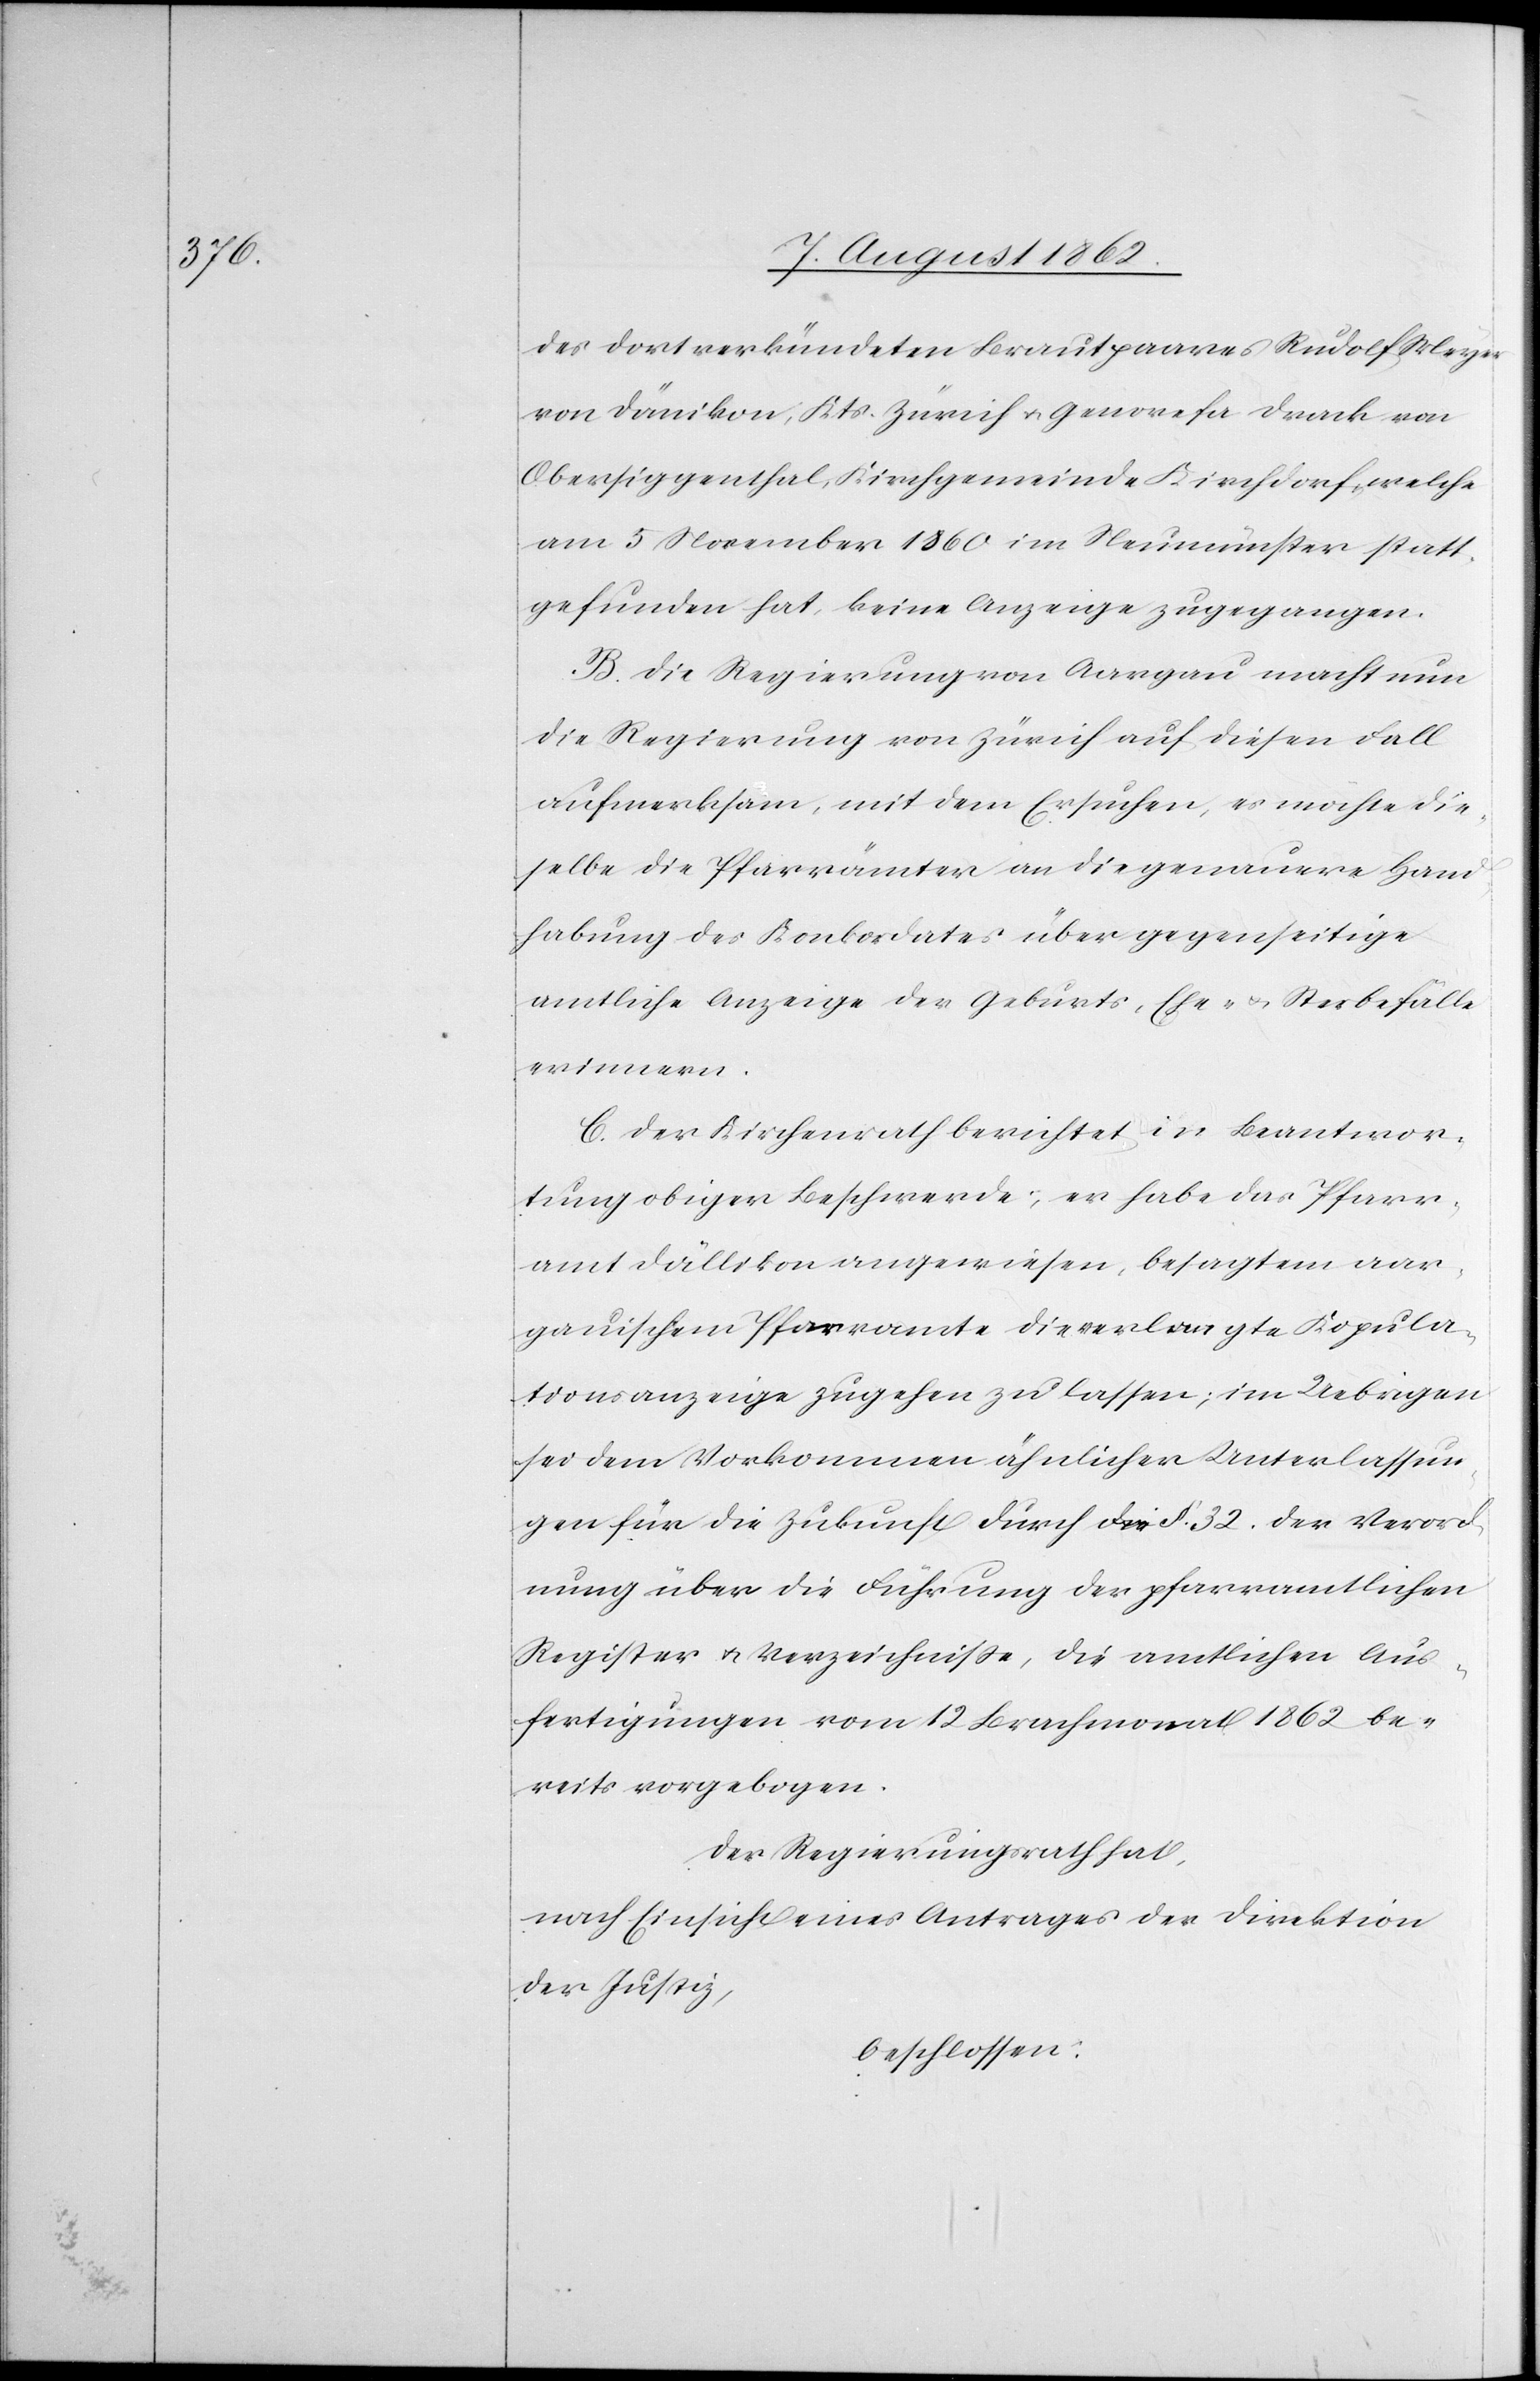
des dort. verkündeten Brautpaares Rudolf Meyer
von Dänikon, Kts. Zürich u. Genovefa Drack von
Obersiggenthal, Kirchgemeinde Kirchdorf, welche
am 5. November 1860 im Neumünster statt¬
gefunden hat, keine Anzeige zugegangen.
B. Die Regierung von Aargau macht nun
die Regierung von Zürich auf diesen Fall
aufmerksam, mit dem Ersuchen, es möchte die¬
selbe die Pfarrämter an die genauere Hand¬
habung des Konkordates über gegenseitige
amtliche Anzeige der Geburts-[,] Ehe u. Sterbefälle
erinnern.
C. Der Kirchenrath berichtet in Beantwor¬
tung obiger Beschwerde: er habe das Pfarr¬
amt Dällikon angewiesen, besagtem aar¬
gauischem Pfarramte die verlangte Kopula¬
tionsanzeige zugehen zu lassen; im Uebrigen
sei dem Vorkommen ähnlicher Unterlassun¬
gen für die Zukunft durch §. 32 der Verord¬
nung über die Führung der pfarramtlichen
Register u. Verzeichniße, die amtlichen Aus¬
fertigungen vom 12. Brachmonat 1862 be¬
reits vorgebogen.
Der Regierungsrath hat,
nach Einsicht eines Antrages der Direktion
der Justiz,
beschlossen: